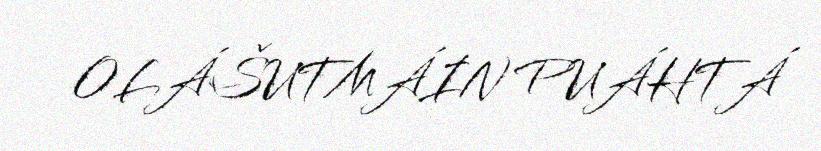
OLÁŠUTMÁIN PUÁHTÁ